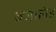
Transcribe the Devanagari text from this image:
बजालंड